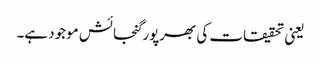
یعنی تحقیقات کی بھرپور گنجائش موجود ہے۔